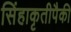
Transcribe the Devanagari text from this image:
सिंहाकृतीपैकी